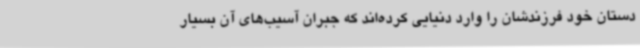
دستان خود فرزندشان را وارد دنیایی کرده‌اند که جبران آسیب‌های آن بسیار